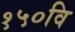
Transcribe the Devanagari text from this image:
१५०वि